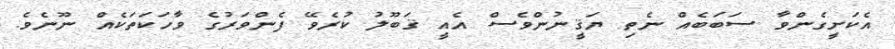
އެކަށީގެންވާ ސަބަބެއް ނެތި ޔަޤީނުންވެސް އެއީ ޤަބޫލު ކުރެވޭ ފެންވަރުގެ ވާހަކަތަކެއް ނޫނެވެ.